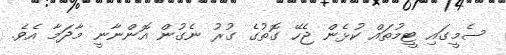
ސެމީގައި ޓީމުތައް ކުޅެން ޖެހޭ ގޮތުގެ ގުރު ނެގުން އޮންނާނީ މާދަމާ އެވެ.